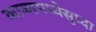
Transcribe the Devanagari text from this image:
काळामध्येसुध्दा